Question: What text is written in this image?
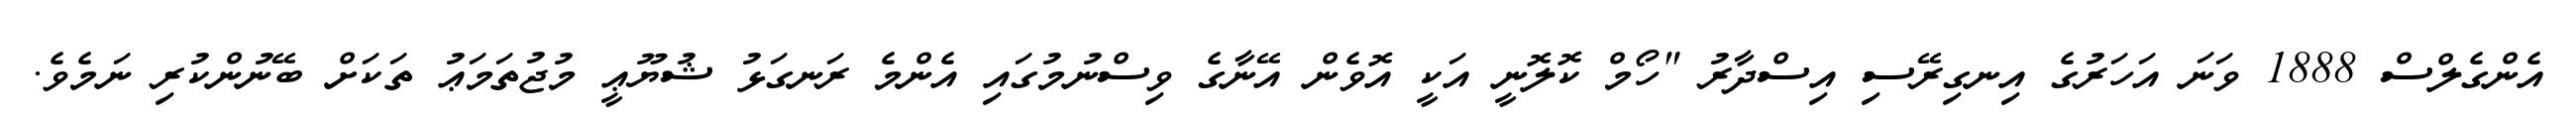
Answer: އެންގެލްސް 1888 ވަނަ އަހަރުގެ އިނގިރޭސި އިސްދާރު "ހޯމް ކޮލޮނީ އަކީ އޮވެން އޭނާގެ ވިސްނުމުގައި އެންމެ ރަނގަޅު ޝުޔޫޢީ މުޖުތަމަޢު ތަކަށް ބޭނުންކުރި ނަމެވެ.